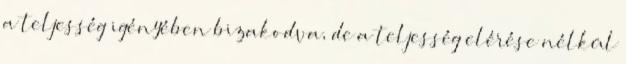
a teljesség igényében bizakodva, de a teljesség elérése nélkül